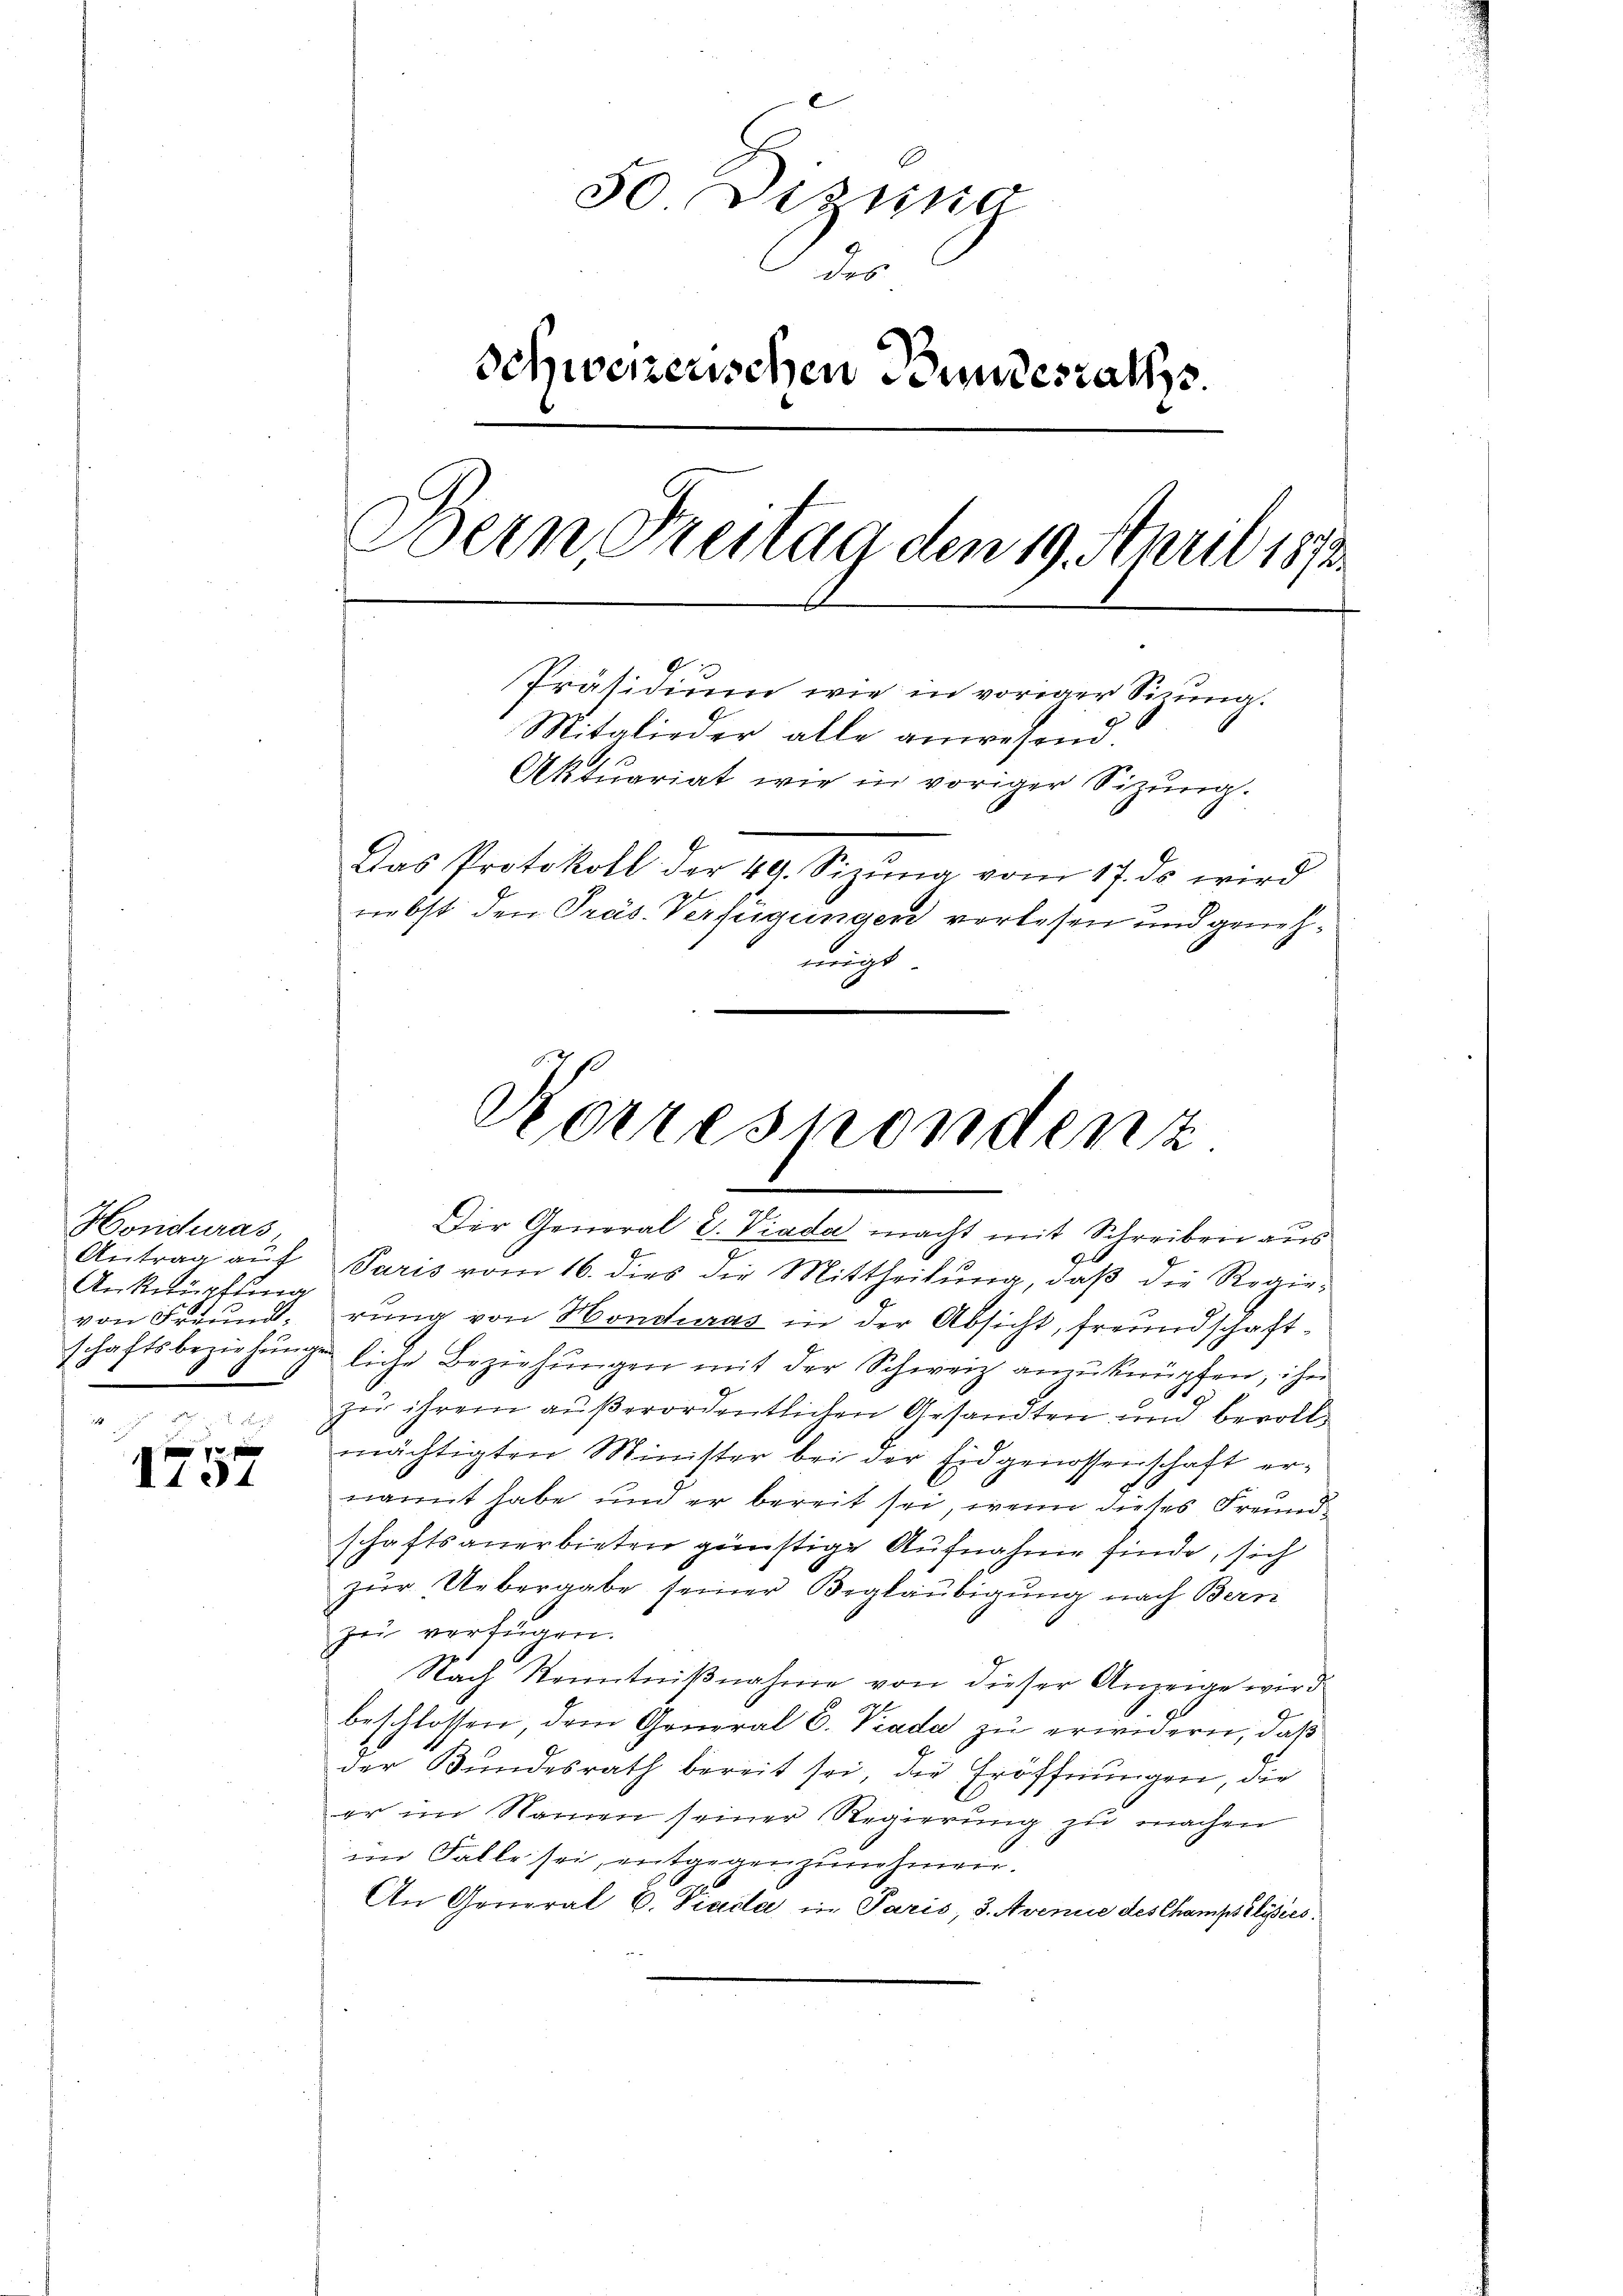
Honduras,
Antrag auf
Anknüpfung
von Freund-
schaftsbeziehung

I.191

50 Lizina
des
Schweizerischen Bundesraths
Bern Freitag den 19. April 1872.
Präsidium wie in vorier Sitzung.
Mitglieder alle anwesend.
Aktuariat wie in voriger Sizŭng.
Das Protokoll der 40. Sizŭg vom 17. ds wird
nebst den Präs. Verfügungen vorlesen und genehmigt.

Korrespondent
Der General L. Viada macht mit Schreiben aus

Paris vom 16. dies die Mittheilŭng, daβ die Regie-
rung von Honduras in der Absicht, freundschaftliche Beziehŭngen mit der Schweiz anzuknüpfen, ihn
zu ihrem außerordentlichen Gesandten und bevolle
mächtigten Minister bei der Eidgenossenschaft ernannt habe und er bereit sei, wenn dieses Freundschaftsanerbieten günstige Aufnahme finde, sich
zur Uebergabe seiner Beglaubigung nach Bern
zu verfügen.
Nach Kenntnißnahme von dieser Anzeige wird
beschlossen, dem General C. Viada zu erwidern, daß
der Bundesrath bereit sei, die Eröffnungen, die
er im Namen seiner Regierung zu machen
im Falle sei, entgegenzunehmen.
An General E. Viadla in Paris, 3. Avenue des Champsilisies